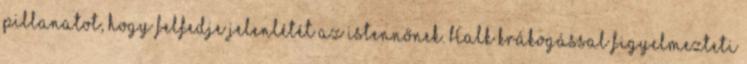
pillanatot, hogy felfedje jelenlétét az istennőnek. Halk krákogással figyelmezteti